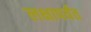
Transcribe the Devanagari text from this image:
लक्षापर्यंत